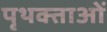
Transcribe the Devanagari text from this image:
पृथक्ताओं